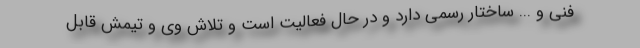
فنی و .‌.. ساختار رسمی دارد و در حال فعالیت است و تلاش وی و تیمش قابل